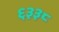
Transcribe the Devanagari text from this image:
६३३८